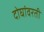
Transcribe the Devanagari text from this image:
दोघांवरती